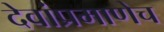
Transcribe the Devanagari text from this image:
देवांप्रमाणेच